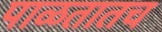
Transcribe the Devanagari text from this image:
पाळतातच